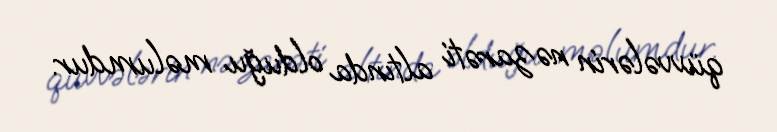
qüvvələrin nəzarəti altında olduğu məlumdur.